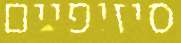
סיזיפיים